Annual report of the Bengal Veterinary College and of the Civil Veterinary Department, Bengal, for the year 1907-1908 - 1907-1908
Year: 1907
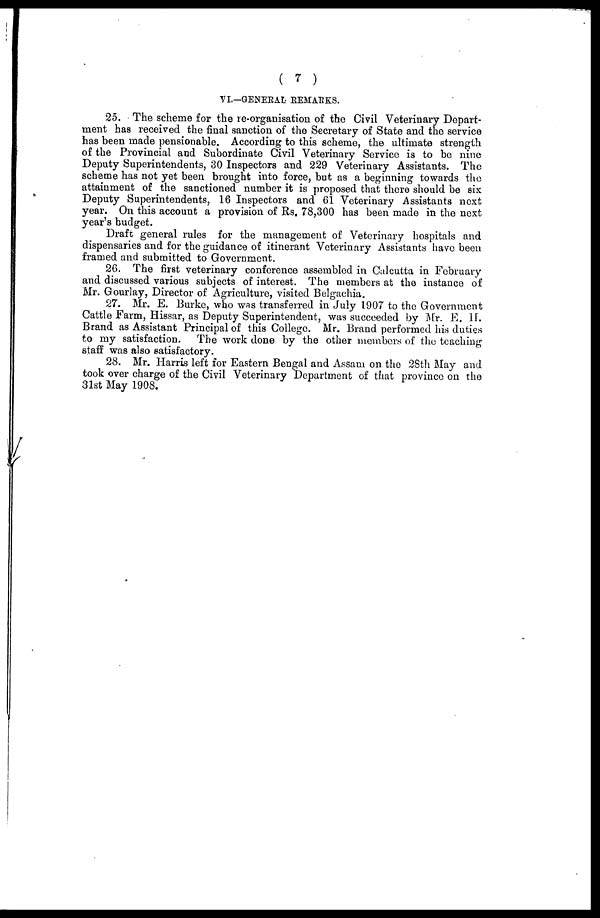
( 7 )
VI.—GENERAL REMARKS.
25. The scheme for the re-organisation of the Civil Veterinary Depart-
ment has received the final sanction of the Secretary of State and the service
has been made pensionable. According to this scheme, the ultimate strength
of the Provincial and Subordinate Civil Veterinary Service is to be nine
Deputy Superintendents, 30 Inspectors and 229 Veterinary Assistants. The
scheme has not yet been brought into force, but as a beginning towards the
attainment of the sanctioned number it is proposed that there should be six
Deputy Superintendents, 16 Inspectors and 61 Veterinary Assistants next
year. On this account a provision of Rs. 78,300 has been made in the next
year's budget.
Draft general rules for the management of Veterinary hospitals and
dispensaries and for the guidance of itinerant Veterinary Assistants have been
framed and submitted to Government.
26. The first veterinary conference assembled in Calcutta in February
and discussed various subjects of interest. The members at the instance of
Mr. Gourlay, Director of Agriculture, visited Belgachia.
27. Mr. E. Burke, who was transferred in July 1907 to the Government
Cattle Farm, Hissar, as Deputy Superintendent, was succeeded by Mr. E. H.
Brand as Assistant Principal of this College. Mr. Brand performed his duties
to my satisfaction.
The work done by the other members of the teaching
staff was also satisfactory.
28. Mr. Harris left for Eastern Bengal and Assam on the 28th May and
took over charge of the Civil Veterinary Department of that province on the
31st May 1908.